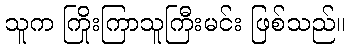
သူက ကြိုးကြာသူကြီးမင်း ဖြစ်သည်။